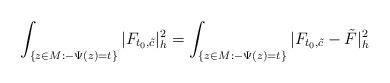
LaTeX: \begin{align*}\int_{ \{z\in M:-\Psi(z)=t\}}|F_{t_0,\tilde{c}}|^2_h=\int_{\{z\in M:-\Psi(z)=t\}}|F_{t_0,\tilde{c}}-\tilde{F}|^2_h\end{align*}